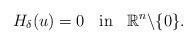
LaTeX: \begin{align*}H_\delta(u)=0\;\;\mbox{ in }\;\;\mathbb{R}^n\backslash\{0\}.\end{align*}